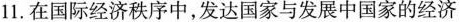
11.在国际经济秩序中，发达国家与发展中国家的经济